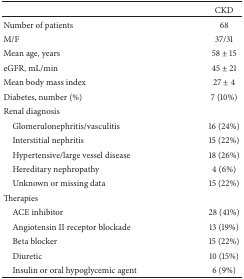
<table><thead><tr><td><b> </b></td><td><b>CKD</b></td></tr></thead><tbody><tr><td>Number of patients</td><td>68</td></tr><tr><td>M/F</td><td>37/31</td></tr><tr><td>Mean age, years</td><td>58 ± 15</td></tr><tr><td>eGFR, mL/min</td><td>45 ± 21</td></tr><tr><td>Mean body mass index</td><td>27 ± 4</td></tr><tr><td>Diabetes, number (%)</td><td>7 (10%)</td></tr><tr><td>Renal diagnosis</td><td> </td></tr><tr><td> Glomerulonephritis/vasculitis</td><td>16 (24%)</td></tr><tr><td> Interstitial nephritis</td><td>15 (22%)</td></tr><tr><td> Hypertensive/large vessel disease</td><td>18 (26%)</td></tr><tr><td> Hereditary nephropathy</td><td>4 (6%)</td></tr><tr><td> Unknown or missing data</td><td>15 (22%)</td></tr><tr><td>Therapies</td><td> </td></tr><tr><td> ACE inhibitor</td><td>28 (41%)</td></tr><tr><td> Angiotensin II receptor blockade</td><td>13 (19%)</td></tr><tr><td> Beta blocker</td><td>15 (22%)</td></tr><tr><td> Diuretic</td><td>10 (15%)</td></tr><tr><td> Insulin or oral hypoglycemic agent</td><td>6 (9%)</td></tr></tbody></table>